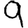
Digit: 9